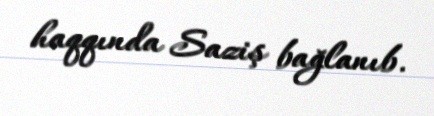
haqqında Saziş bağlanıb.